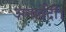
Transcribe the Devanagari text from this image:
अन्तर्वेदी।